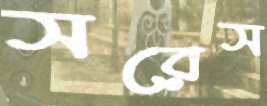
সরেস